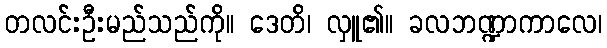
တလင်းဦးမည်သည်ကို။ ဒေတိ၊ လှူ၏။ ခလဘဏ္ဍာကာလေ၊